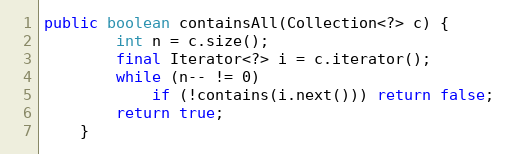
Language: Java
public boolean containsAll(Collection<?> c) {
        int n = c.size();
        final Iterator<?> i = c.iterator();
        while (n-- != 0)
            if (!contains(i.next())) return false;
        return true;
    }